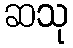
ဆသု